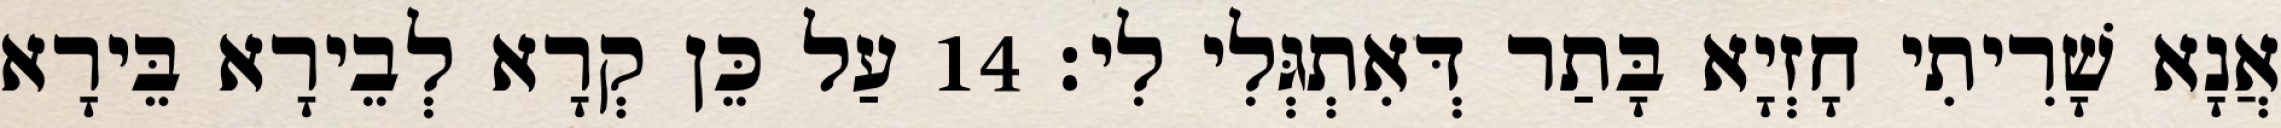
אֲנָא שָׁרִיתִי חָזְיָא בָּתַר דְּאִתְגְּלִי לִי׃ 14 עַל כֵּן קְרָא לְבֵירָא בֵּירָא